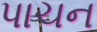
પાચન